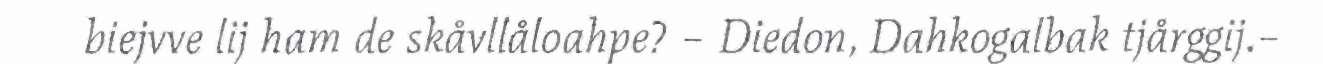
biejvve lij ham de skåvllåloahpe? – Diedon, Dahkogalbak tjårggij.–